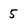
Character: 5